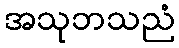
အသုဘသညံ